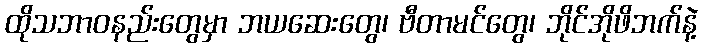
ထိုသဘာဝနည်းတွေမှာ ဘယဆေးတွေ၊ ဗီတာမင်တွေ၊ ဘိုင်အိုဖိဘက်နဲ့